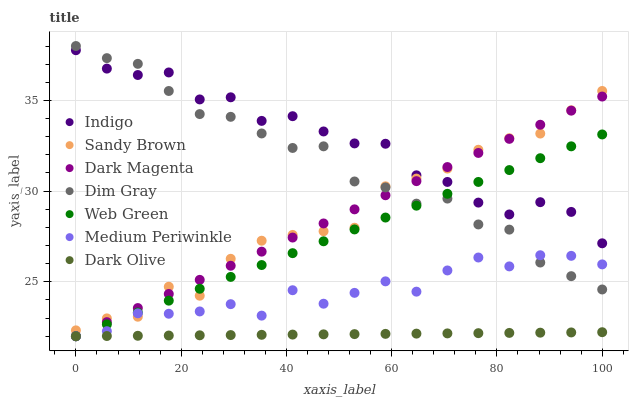
| xaxis_label | Indigo | Sandy Brown | Dark Magenta | Dim Gray | Web Green | Medium Periwinkle | Dark Olive |
 | --- | --- | --- | --- | --- | --- | --- | --- |
 | 0 | 37.8 | 22.3 | 22 | 38 | 22 | 22 | 22 |
 | 5.88 | 36.8 | 23 | 22.8 | 37.3 | 22.7 | 22.3 | 22 |
 | 11.8 | 36.4 | 23.1 | 23.6 | 37 | 23.3 | 23.3 | 22 |
 | 17.6 | 36.5 | 24.7 | 24.3 | 35.5 | 24 | 23.2 | 22 |
 | 23.5 | 35.1 | 24.2 | 25.1 | 34.2 | 24.6 | 23.4 | 22.1 |
 | 29.4 | 35.2 | 26.3 | 25.9 | 34.1 | 25.3 | 23.8 | 22.1 |
 | 35.3 | 33.9 | 27.3 | 26.7 | 33.2 | 25.9 | 23.1 | 22.1 |
 | 41.2 | 34.1 | 27.6 | 27.4 | 32.4 | 26.6 | 24.5 | 22.1 |
 | 47.1 | 33.3 | 27.8 | 28.2 | 32.5 | 27.2 | 23.8 | 22.1 |
 | 52.9 | 32.6 | 28 | 29 | 30.5 | 27.9 | 24.4 | 22.1 |
 | 58.8 | 32.6 | 30.3 | 29.8 | 30.2 | 28.5 | 25 | 22.1 |
 | 64.7 | 30.9 | 30.7 | 30.6 | 29.3 | 29.2 | 24.5 | 22.1 |
 | 70.6 | 30.5 | 31.2 | 31.3 | 29.6 | 29.9 | 25.6 | 22.2 |
 | 76.5 | 29.4 | 32.3 | 32.1 | 28.2 | 30.5 | 26.3 | 22.2 |
 | 82.4 | 28.7 | 32.9 | 32.9 | 27.9 | 31.2 | 25.9 | 22.2 |
 | 88.2 | 29.4 | 33.2 | 33.7 | 26.1 | 31.8 | 26.5 | 22.2 |
 | 94.1 | 28.9 | 34.5 | 34.4 | 25.3 | 32.5 | 26.4 | 22.2 |
 | 100 | 27.1 | 35.5 | 35.2 | 24.6 | 33.1 | 26 | 22.2 |